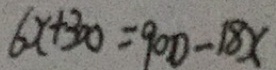
6 x + 3 0 0 = 9 0 0 - 1 8 x